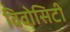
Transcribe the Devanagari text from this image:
विवोसिटी